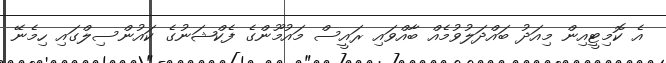
އެ ކޮމިޓީއިން މިއަދު ބައްދަލުވުމެއް ބާއްވައި ރައީސް މައުމޫންގެ ފެކްޝަނުގެ ކައުންސިލްގައި ހިމެނޭ